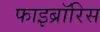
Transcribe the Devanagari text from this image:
फाइब्रॉरिस